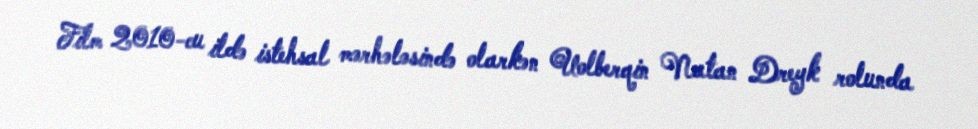
Film 2010-cu ildə istehsal mərhələsində olarkən Uolberqin Natan Dreyk rolunda